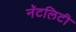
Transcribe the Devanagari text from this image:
नॅटलिटी